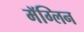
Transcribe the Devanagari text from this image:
मॅग्लिन